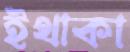
ইথাকা